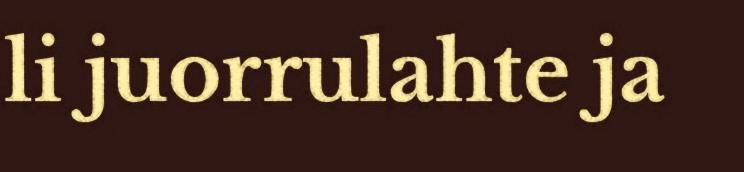
li juorrulahte ja